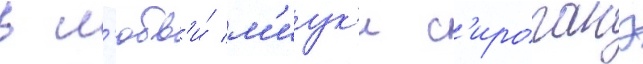
в л'юбв'и́ м'иук'и с'ироганэ